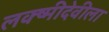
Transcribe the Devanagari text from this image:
लक्ष्मीदेवीला